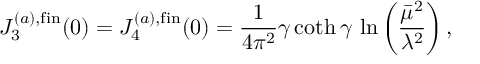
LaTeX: J _ { 3 } ^ { ( a ) , \mathrm { f i n } } ( 0 ) = J _ { 4 } ^ { ( a ) , \mathrm { f i n } } ( 0 ) = { \frac { 1 } { 4 \pi ^ { 2 } } } \gamma \coth \gamma \, \ln \left( { \frac { \bar { \mu } ^ { 2 } } { \lambda ^ { 2 } } } \right) ,